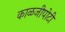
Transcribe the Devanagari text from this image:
काळजीपोटी